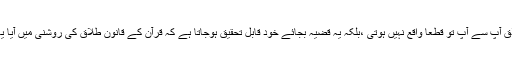
چنانچہ ایسی صورت میں طلاق آپ سے آپ تو قطعا واقع نہیں ہوتی ،بلکہ یہ قضیہ بجائے خود قابل تحقیق ہوجاتا ہے کہ قرآن کے قانون ِطلاق کی روشنی میں آیا یہ طلاق واقع ہوئی ہے یا نہیں؟